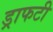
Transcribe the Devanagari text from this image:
ड्राफटी